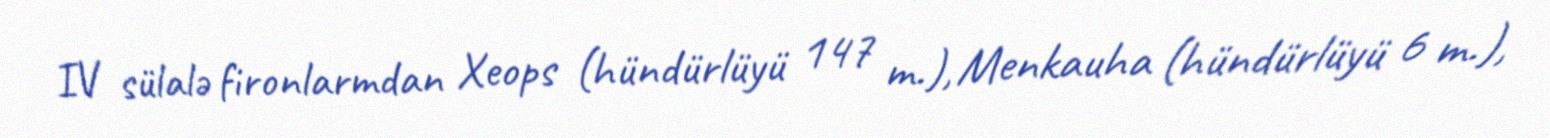
IV sülalə fironlarmdan Xeops (hündürlüyü 147 m.), Menkauha (hündürlüyü 6 m.),